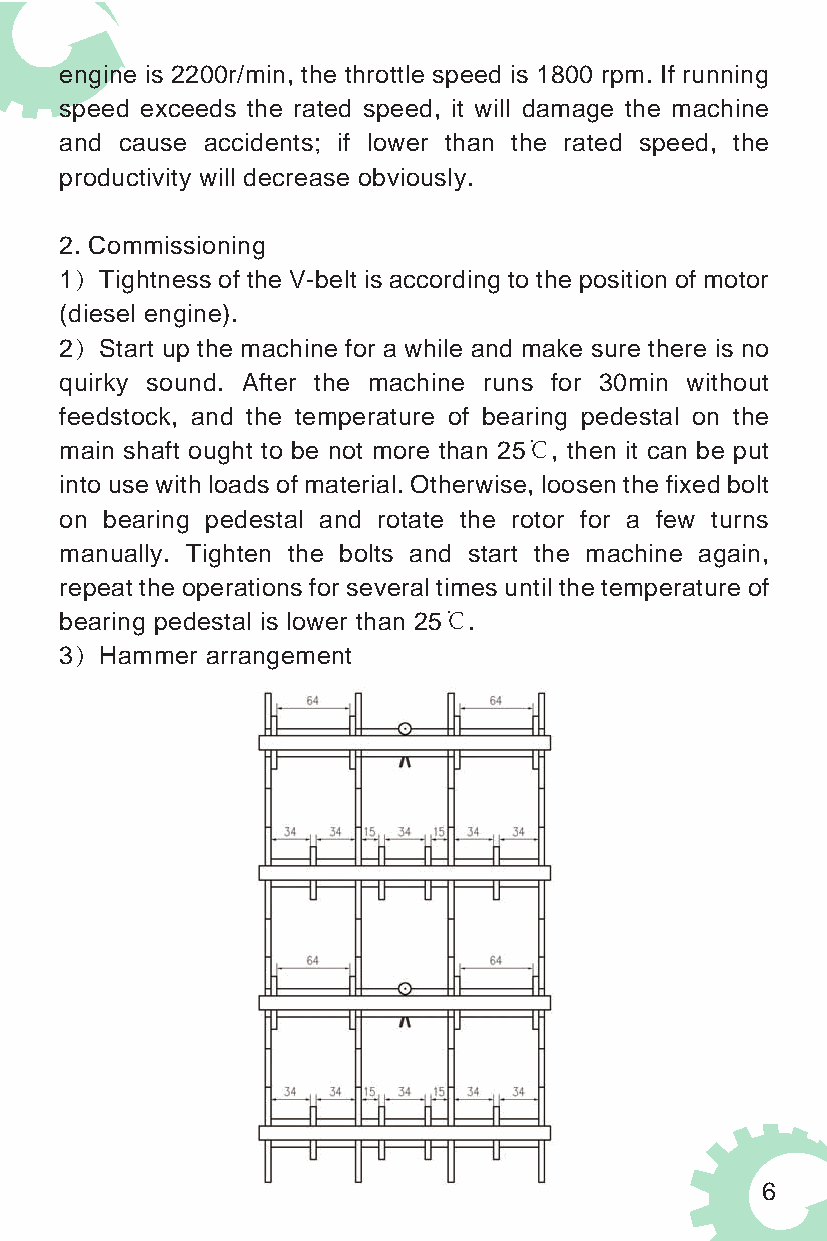
engine is 2200r/min, the throttle speed is 1800 rpm. If running
 speed exceeds the rated speed, it will damage the machine
 and cause accidents; if lower than the rated speed, the
 productivity will decrease obviously.
 2. Commissioning
 1）Tightness of the V-belt is according to the position of motor
 (diesel engine).
 2）Start up the machine for a while and make sure there is no
 quirky sound. After the machine runs for 30min without
 feedstock, and the temperature of bearing pedestal on the
 main shaft ought to be not more than 25℃, then it can be put
 into use with loads of material. Otherwise, loosen the fixed bolt
 on bearing pedestal and rotate the rotor for a few turns
 manually. Tighten the bolts and start the machine again,
 repeat the operations for several times until the temperature of
 bearing pedestal is lower than 25℃.
 3）Hammer  arrangement
 6